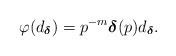
\begin{align*}\varphi (d_{\boldsymbol\delta})=p^{-m}\boldsymbol\delta (p)d_{\boldsymbol\delta}.\end{align*}